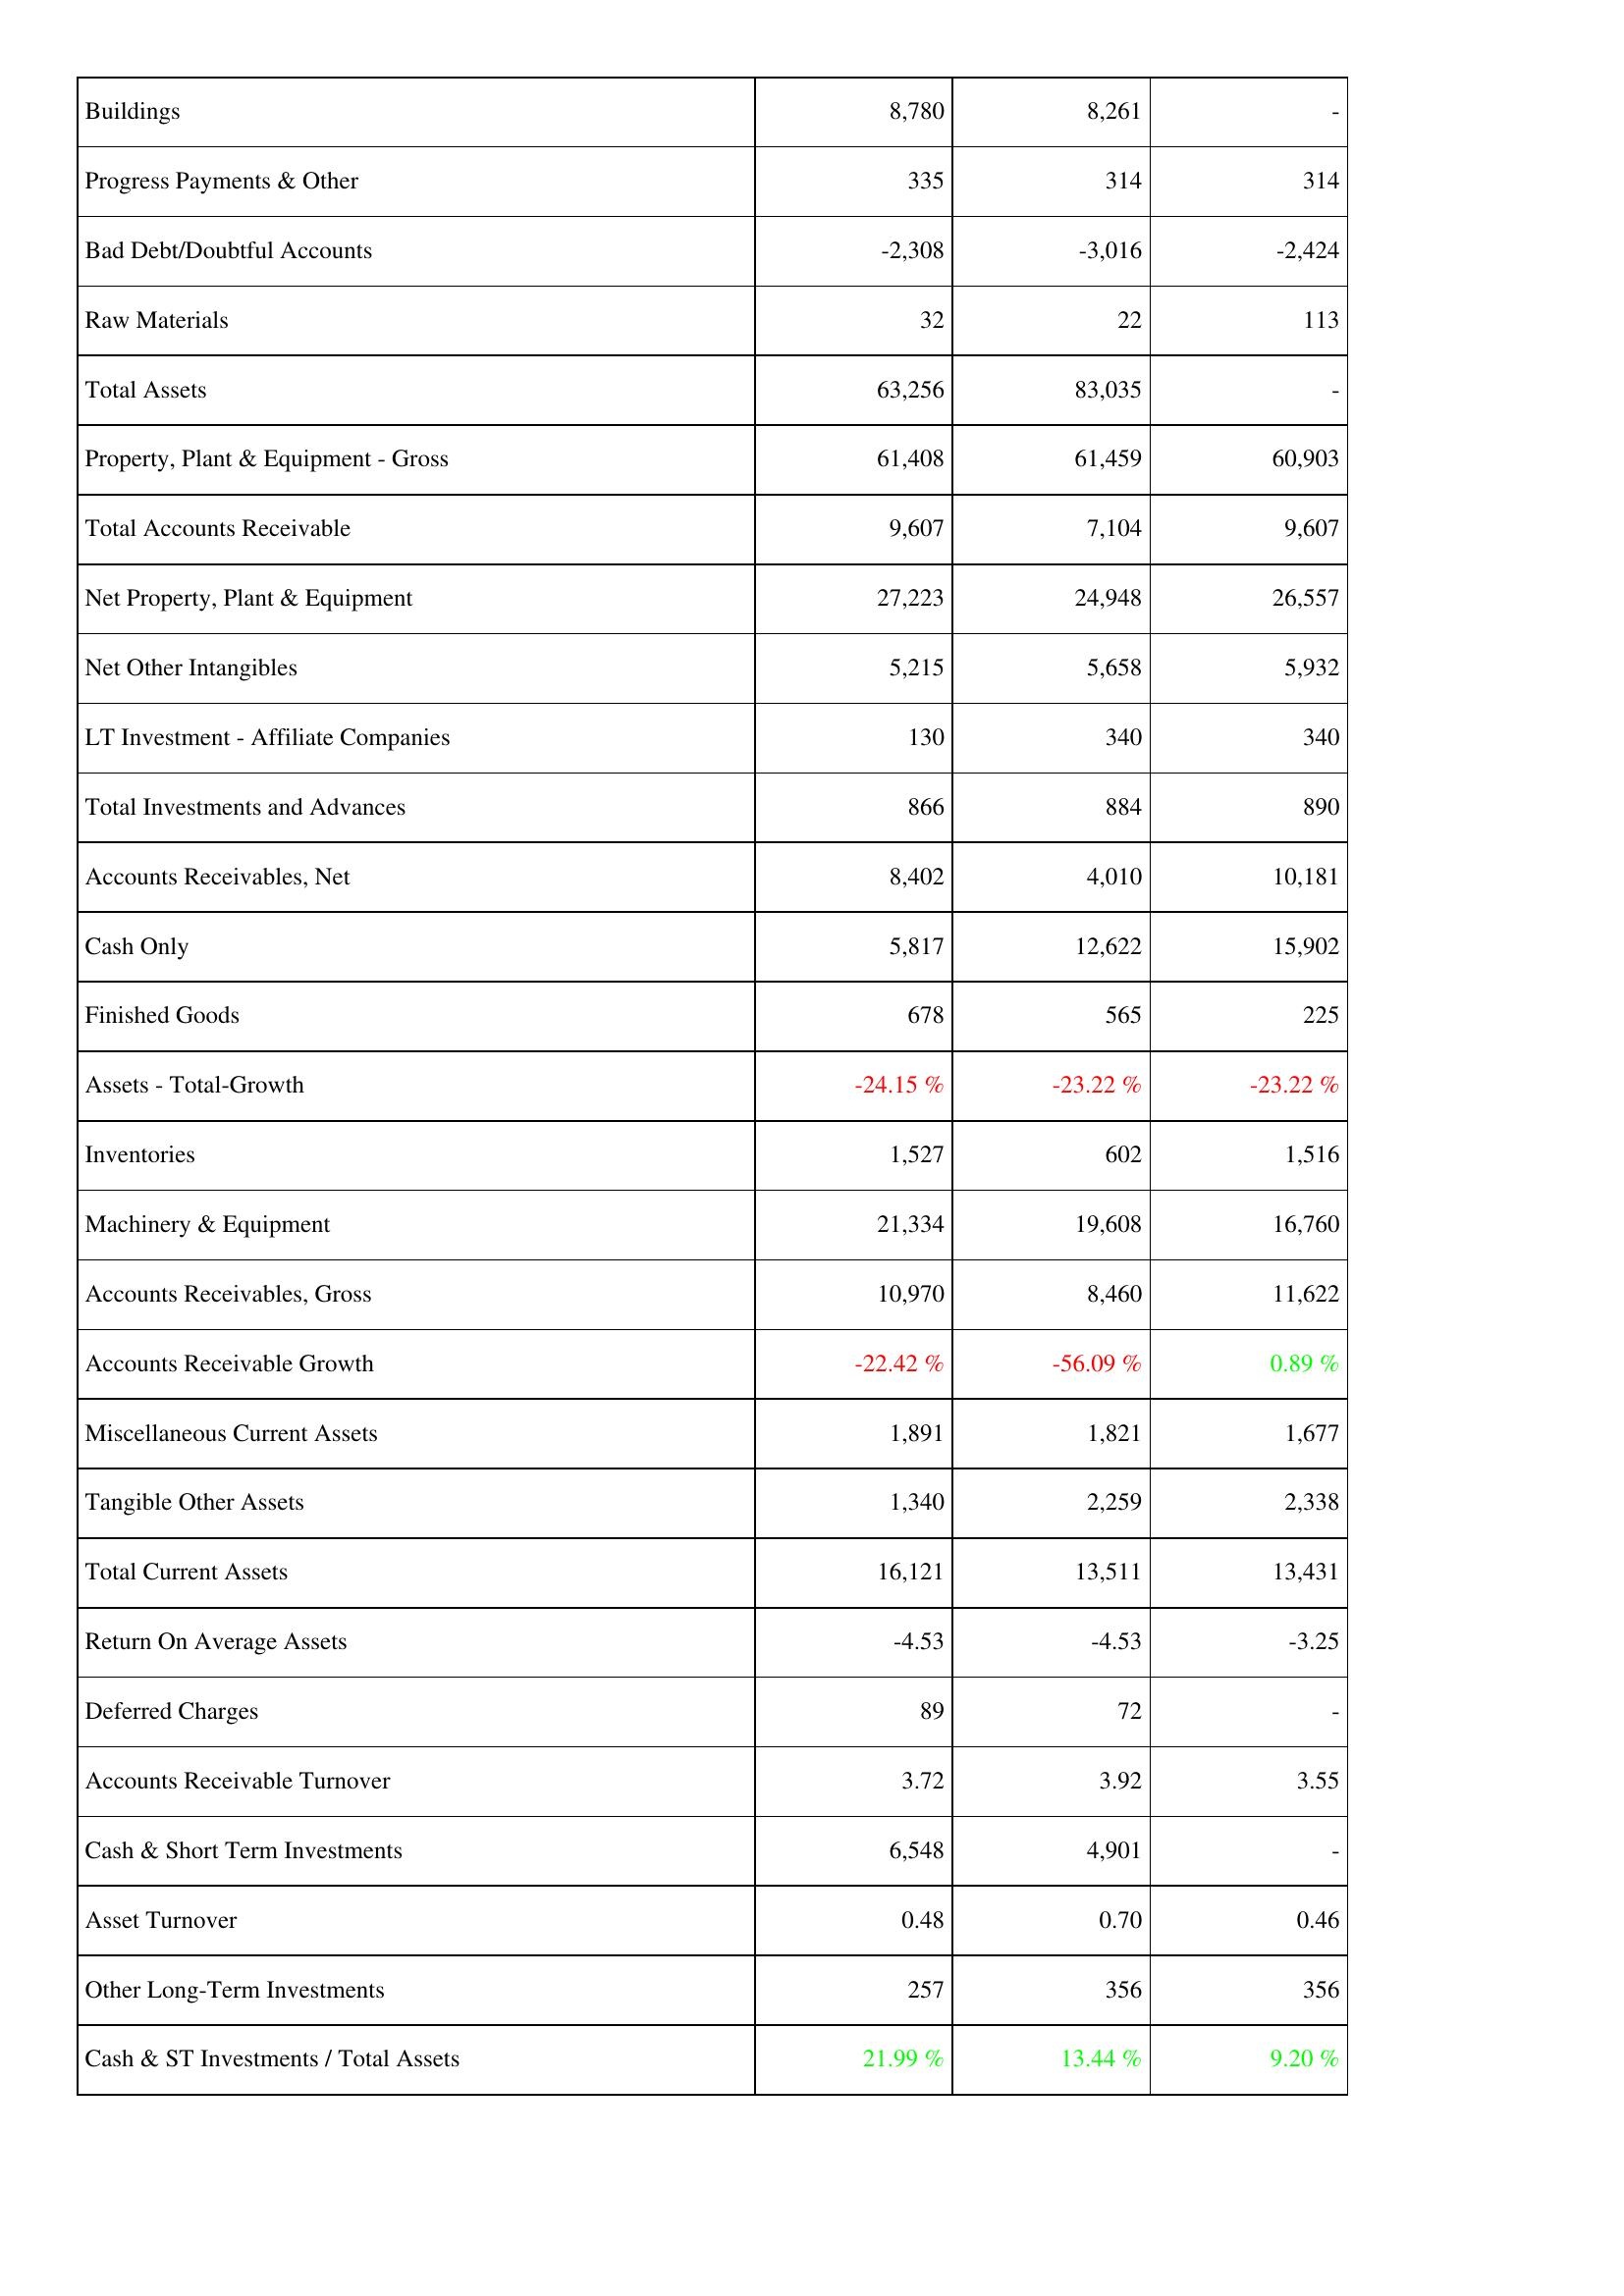
2016: Assets: Buildings: 8,780
Progress Payments & Other: 335
Bad Debt/Doubtful Accounts: -2,308
Raw Materials: 32
Total Assets: 63,256
Property, Plant & Equipment - Gross: 61,408
Total Accounts Receivable: 9,607
Net Property, Plant & Equipment: 27,223
Net Other Intangibles: 5,215
LT Investment - Affiliate Companies: 130
Total Investments and Advances: 866
Accounts Receivables, Net: 8,402
Cash Only: 5,817
Finished Goods: 678
Assets - Total-Growth: -24.15 %
Inventories: 1,527
Machinery & Equipment: 21,334
Accounts Receivables, Gross: 10,970
Accounts Receivable Growth: -22.42 %
Miscellaneous Current Assets: 1,891
Tangible Other Assets: 1,340
Total Current Assets: 16,121
Return On Average Assets: -4.53
Deferred Charges: 89
Accounts Receivable Turnover: 3.72
Cash & Short Term Investments: 6,548
Asset Turnover: 0.48
Other Long-Term Investments: 257
Cash & ST Investments / Total Assets: 21.99 %
2017: Assets: Buildings: 8,261
Progress Payments & Other: 314
Bad Debt/Doubtful Accounts: -3,016
Raw Materials: 22
Total Assets: 83,035
Property, Plant & Equipment - Gross: 61,459
Total Accounts Receivable: 7,104
Net Property, Plant & Equipment: 24,948
Net Other Intangibles: 5,658
LT Investment - Affiliate Companies: 340
Total Investments and Advances: 884
Accounts Receivables, Net: 4,010
Cash Only: 12,622
Finished Goods: 565
Assets - Total-Growth: -23.22 %
Inventories: 602
Machinery & Equipment: 19,608
Accounts Receivables, Gross: 8,460
Accounts Receivable Growth: -56.09 %
Miscellaneous Current Assets: 1,821
Tangible Other Assets: 2,259
Total Current Assets: 13,511
Return On Average Assets: -4.53
Deferred Charges: 72
Accounts Receivable Turnover: 3.92
Cash & Short Term Investments: 4,901
Asset Turnover: 0.70
Other Long-Term Investments: 356
Cash & ST Investments / Total Assets: 13.44 %
2018: Assets: Buildings: -
Progress Payments & Other: 314
Bad Debt/Doubtful Accounts: -2,424
Raw Materials: 113
Total Assets: -
Property, Plant & Equipment - Gross: 60,903
Total Accounts Receivable: 9,607
Net Property, Plant & Equipment: 26,557
Net Other Intangibles: 5,932
LT Investment - Affiliate Companies: 340
Total Investments and Advances: 890
Accounts Receivables, Net: 10,181
Cash Only: 15,902
Finished Goods: 225
Assets - Total-Growth: -23.22 %
Inventories: 1,516
Machinery & Equipment: 16,760
Accounts Receivables, Gross: 11,622
Accounts Receivable Growth: 0.89 %
Miscellaneous Current Assets: 1,677
Tangible Other Assets: 2,338
Total Current Assets: 13,431
Return On Average Assets: -3.25
Deferred Charges: -
Accounts Receivable Turnover: 3.55
Cash & Short Term Investments: -
Asset Turnover: 0.46
Other Long-Term Investments: 356
Cash & ST Investments / Total Assets: 9.20 %